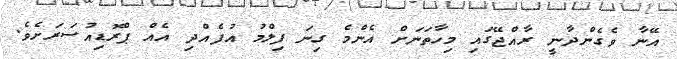
އޭނާ ވެގެންދާނީ ރާއްޖޭގައި މިހާތަނަށް އެންމެ ގިނަ ފިލްމު އުފެއްދި އެއް ޕްރޮޑިއުސަރަށެވެ.